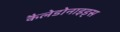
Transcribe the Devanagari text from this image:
कैलेडोनाइड्स